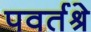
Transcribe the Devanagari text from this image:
पवर्तश्रे